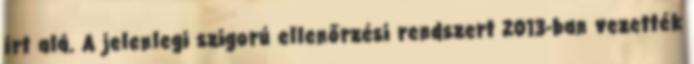
írt alá. A jelenlegi szigorú ellenőrzési rendszert 2013-ban vezették